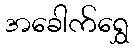
အခေါက်ရွှေ